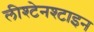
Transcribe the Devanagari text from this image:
लीश्टेनश्टाइन